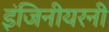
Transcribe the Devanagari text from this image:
इंजिनीयरनी